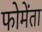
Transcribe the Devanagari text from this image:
फोमेंता